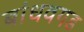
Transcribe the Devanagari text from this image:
बांधवगड